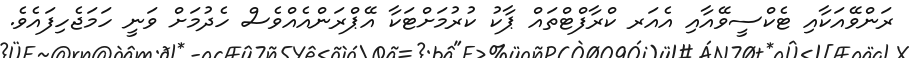
ރަންވޭއަކާއި ޓެކްސީވޭއާއި އެއަރ ކްރާފްޓްތައް ޕާކު ކުރުމަށްޓަކާ އޭޕްރަންއެއްވެސް ހެދުމަށް ވަނީ ހަމަޖެހިފައެވެ.